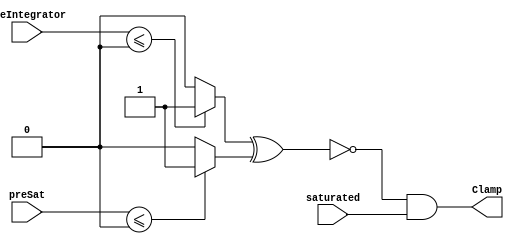
module velocityControlHdl_Clamp_block1
          (
           preSat,
           saturated,
           preIntegrator,
           Clamp
          );


  input   signed [35:0] preSat;  // sfix36_En22
  input   saturated;
  input   signed [35:0] preIntegrator;  // sfix36_En35
  output  Clamp;


  wire Compare_To_Zero_out1;
  wire Compare_To_Zero1_out1;
  wire Compare_To_Zero_out1_1;
  wire Logical_Operator_out1;


  // <S26>/Compare To Zero
  assign Compare_To_Zero_out1 = (preIntegrator <= 36'sh000000000 ? 1'b1 :
              1'b0);



  // <S26>/Compare To Zero1
  assign Compare_To_Zero1_out1 = (preSat <= 36'sh000000000 ? 1'b1 :
              1'b0);



  // <S26>/Logical Operator
  assign Compare_To_Zero_out1_1 =  ~ (Compare_To_Zero_out1 ^ Compare_To_Zero1_out1);



  // <S26>/AND
  assign Logical_Operator_out1 = Compare_To_Zero_out1_1 & saturated;



  assign Clamp = Logical_Operator_out1;

endmodule